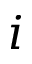
i